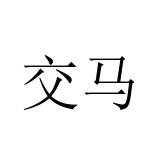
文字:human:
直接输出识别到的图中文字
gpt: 交马